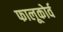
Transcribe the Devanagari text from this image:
फालूकोर्व